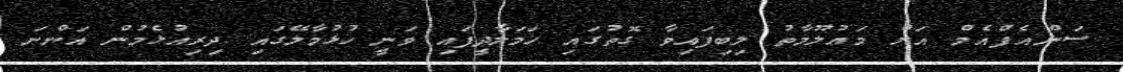
ސަންއެފްއެމް އަށް މަޢުލޫމާތު ލިބިފައިވާ ގޮތުގައި ހަމަލާދީފައި ވަނީ ހުޅުމާލޭގައި ދިރިއުޅެމުން އަންނަ